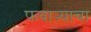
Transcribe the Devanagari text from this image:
फवाऱ्याचा